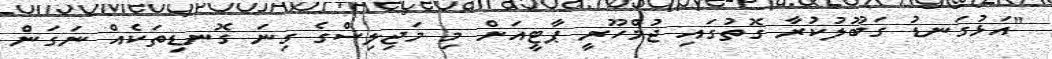
"އަޅުގަނޑު ގަބޫލުކުރާ ގޮތުގައި ޖުމްހޫރީ ޕާޓީއަށް މި މަޖިލިސްގެ ގިނަ ގޮނޑިތަކެއް ނަގަން